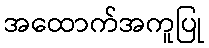
အထောက်အကူပြု